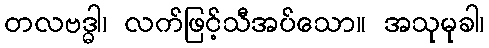
တလဗဒ္ဓါ၊ လက်ဖြင့်သီအပ်သော။ အသုမုခါ၊